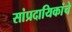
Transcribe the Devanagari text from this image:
सांप्रदायिकांचे